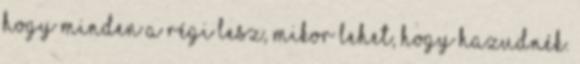
hogy minden a régi lesz, mikor lehet, hogy hazudnék.